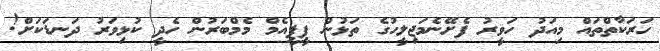
ހަރަކާތްތައް މިއަދު ހަވީރު ފެށޭނެމަޖިލީހުގެ ތަޅުން ޕީޕީއެމް މެމްބަރުން ހެދީ ކުޅިވަރު ދަނޑަކަށް!